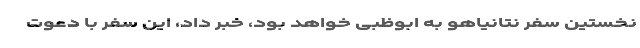
نخستین سفر نتانیاهو به ابوظبی خواهد بود، خبر داد، این سفر با دعوت